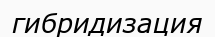
гибридизация